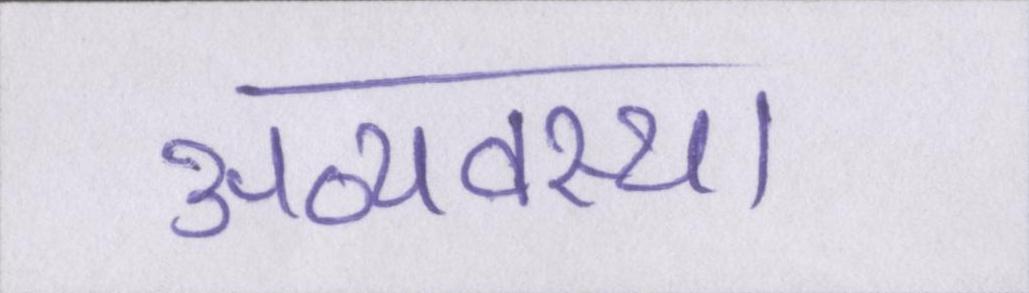
अव्यवस्था